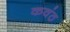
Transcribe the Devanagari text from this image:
कवंठ